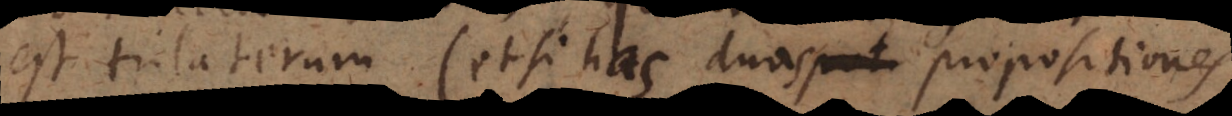
est trilaterum (etsi has duas propositiones